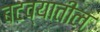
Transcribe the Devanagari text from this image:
बटव्यातील